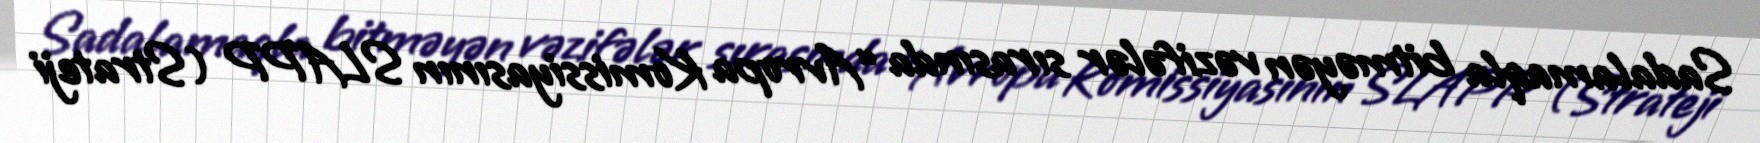
Sadalamaqla bitməyən vəzifələr sırasında “Avropa Komissiyasının SLAPP (Strateji